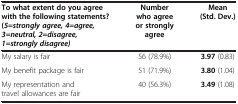
<table><thead><tr><td><b>To what extent do you agree with the following statements? (<i>5=strongly agree, 4=agree, 3=neutral, 2=disagree, 1=strongly disagree)</i></b></td><td><b>Number who agree or strongly agree</b></td><td><b>Mean (Std. Dev.)</b></td></tr></thead><tbody><tr><td>My salary is fair</td><td>56 (78.9%)</td><td><b>3.97</b> (0.83)</td></tr><tr><td>My benefit package is fair</td><td>51 (71.9%)</td><td><b>3.80</b> (1.04)</td></tr><tr><td>My representation and travel allowances are fair</td><td>40 (56.3%)</td><td><b>3.49</b> (1.08)</td></tr></tbody></table>